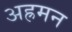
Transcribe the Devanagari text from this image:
अह्रमन